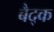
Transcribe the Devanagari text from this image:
बैद्क